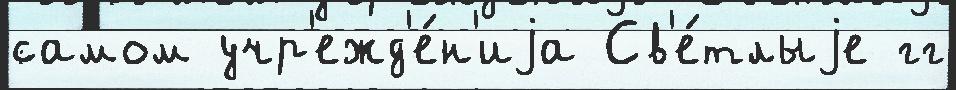
самом учр'ежд'е́н'иjа Св'е́тлыjе гг